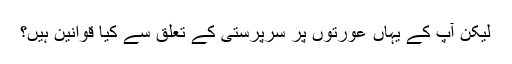
لیکن آپ کے یہاں عورتوں پر سرپرستى کے تعلق سے کیا قوانین ہیں؟